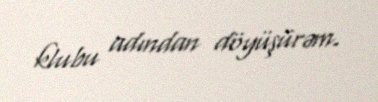
klubu adından döyüşürəm.